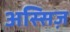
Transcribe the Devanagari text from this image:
अस्सिज़